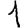
Digit: 1